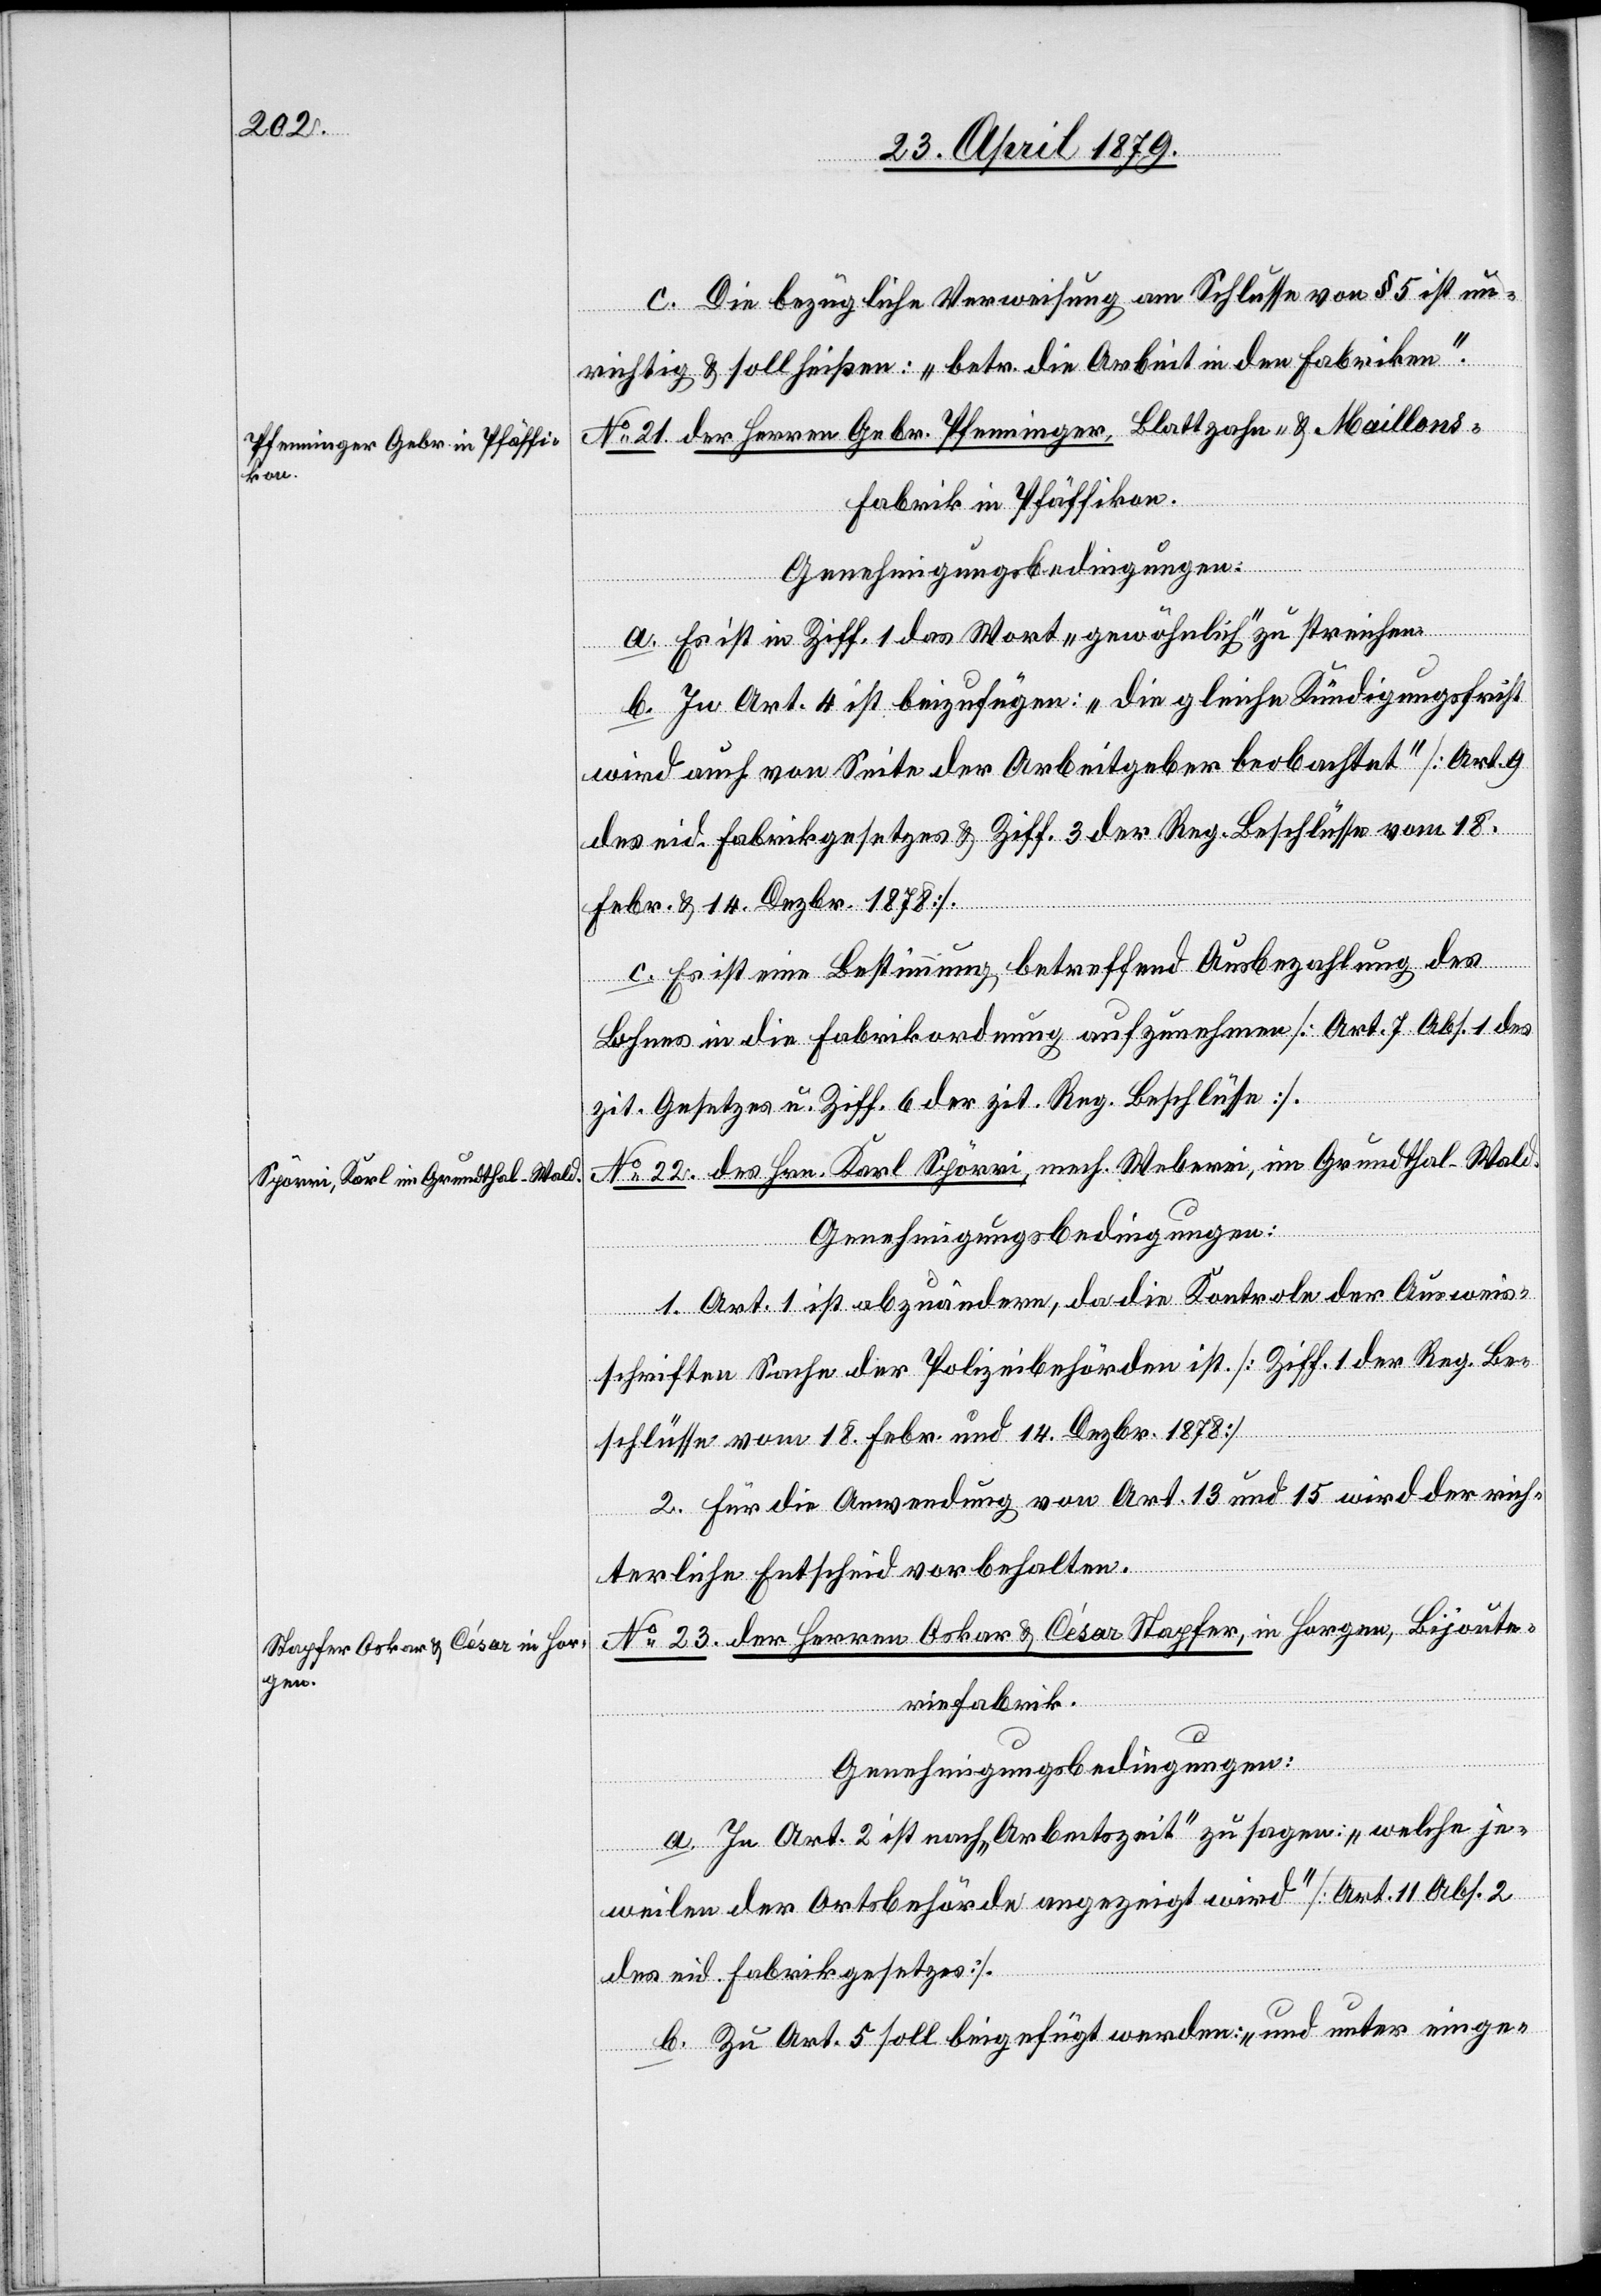
c. Die bezügliche Verweisung am Schlusse von § 5 ist un¬
richtig & soll heißen: „betr. die Arbeit in den Fabriken“.
No 21. der Herren Gebr. Pfenninger, Blattzahn- & Maillon¬
s-Fabrik in Pfäffikon.
Genehmigungsbedingungen:
a. Es ist in Ziff. 1 das Wort „gewöhnlich“ zu streichen.
b. In Art. 4 ist beizufügen: „Die gleiche Kündigungsfrist
wird auch von Seite der Arbeitgeber beobachtet“ [Art. 9
des eid. Fabrikgesetzes & Ziff. 3 der Reg. Beschlüsse vom 18.
Febr. & 14. Dezbr. 1878].
c. Es ist eine Bestimmung betreffend Ausbezahlung des
Lohnes in die Fabrikordnung aufzunehmen [Art. 7 Abs. 1 des
zit. Gesetzes u. Ziff. 6 der zit. Reg. Beschlüsse].
No 22. des Hrn. Karl Spörri, mech. Weberei, im Grundthal - Wald.
Genehmigungsbedingungen:
1. Art. 1 ist abzuändern, da die Kontrole der Ausweis¬
schriften Sache der Polizeibehörden ist. [Ziff. 1 der Reg. Be¬
schlüsse vom 18. Febr. und 14. Dezbr. 1878]
2. Für die Anwendung von Art. 13 und 15 wird der rich¬
terliche Entscheid vorbehalten.
No 23. der Herren Oskar & César Stapfer, in Horgen, Bijoute¬
riefabrik.
Genehmigungsbedingungen:
a. In Art. 2 ist nach „Arbeitszeit“ zu sagen: „welche je¬
weilen der Ortsbehörde angezeigt wird“ [Art. 11 Abs. 2
des eid. Fabrikgesetzes].
b. Zu Art. 5 soll beigefügt werden: „und unter einge-